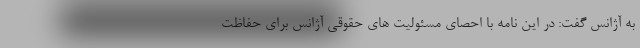
به آژانس گفت: در این نامه با احصای مسئولیت های حقوقی آژانس برای حفاظت